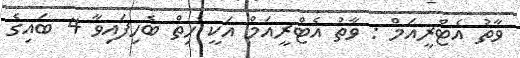
ވާތު އެޓްރީއަމް : ވާތު އެޓްރީއަމް އަކީ ހިތް ބެހިފައިވާ 4 ބައިގެ